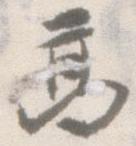
高